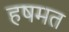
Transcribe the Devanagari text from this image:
हषमत